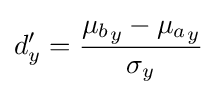
d'_{y}={\frac {{\mu _{b}}_{y}-{\mu _{a}}_{y}}{\sigma _{y}}}